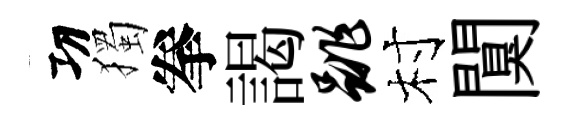
㓛獨拳謁跳村闃